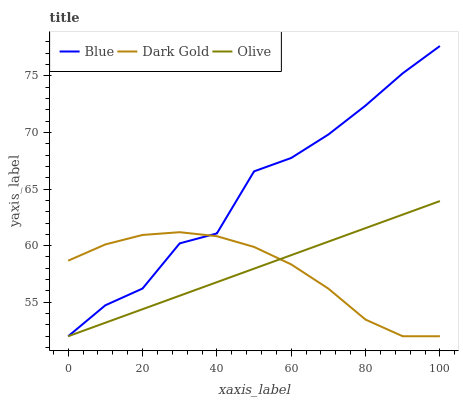
| xaxis_label | Blue | Dark Gold | Olive |
 | --- | --- | --- | --- |
 | 0 | 52 | 58.7 | 52 |
 | 10 | 54.7 | 60.1 | 53.2 |
 | 20 | 56.2 | 60.9 | 54.4 |
 | 30 | 60.2 | 61.2 | 55.6 |
 | 40 | 61.1 | 60.8 | 56.8 |
 | 50 | 66.6 | 59.9 | 58 |
 | 60 | 67.7 | 58.3 | 59.2 |
 | 70 | 69.8 | 56.2 | 60.4 |
 | 80 | 72.4 | 53.5 | 61.5 |
 | 90 | 75.2 | 52 | 62.7 |
 | 100 | 77.6 | 52 | 63.9 |